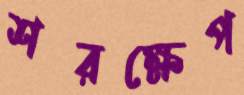
শরক্ষেপ